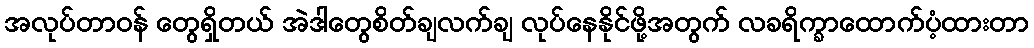
အလုပ်တာဝန် တွေရှိတယ် အဲဒါတွေစိတ်ချလက်ချ လုပ်နေနိုင်ဖို့အတွက် လခရိက္ခာထောက်ပံ့ထားတာ